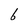
Character: 6